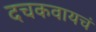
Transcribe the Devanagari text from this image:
दचकवायचं